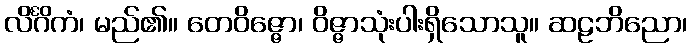
လိင်္ဂိကံ၊ မည်၏။ တေဝိဇ္ဇော၊ ဝိဇ္ဇာသုံးပါးရှိသောသူ။ ဆဠဘိညော၊